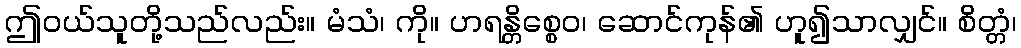
ဤဝယ်သူတို့သည်လည်း။ မံသံ၊ ကို။ ဟရန္တိစ္စေဝ၊ ဆောင်ကုန်၏ ဟူ၍သာလျှင်။ စိတ္တံ၊